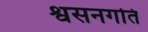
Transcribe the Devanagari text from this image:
श्वसनगति